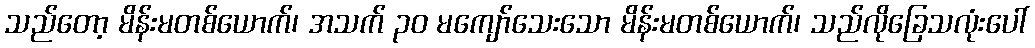
သည်တော့ မိန်းမတစ်ယောက်၊ အသက် ၃၀ မကျော်သေးသော မိန်းမတစ်ယောက်၊ သည်လိုခြေသလုံးပေါ်